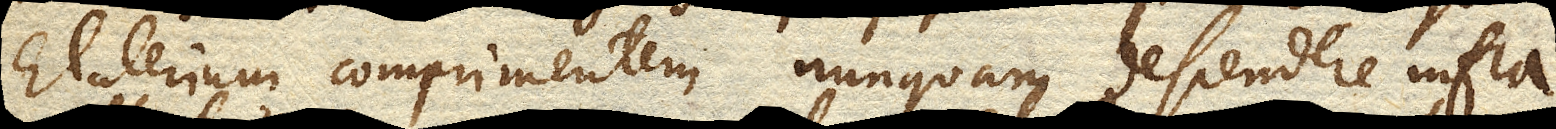
Elaterium comprimentem nunquam descendere infra